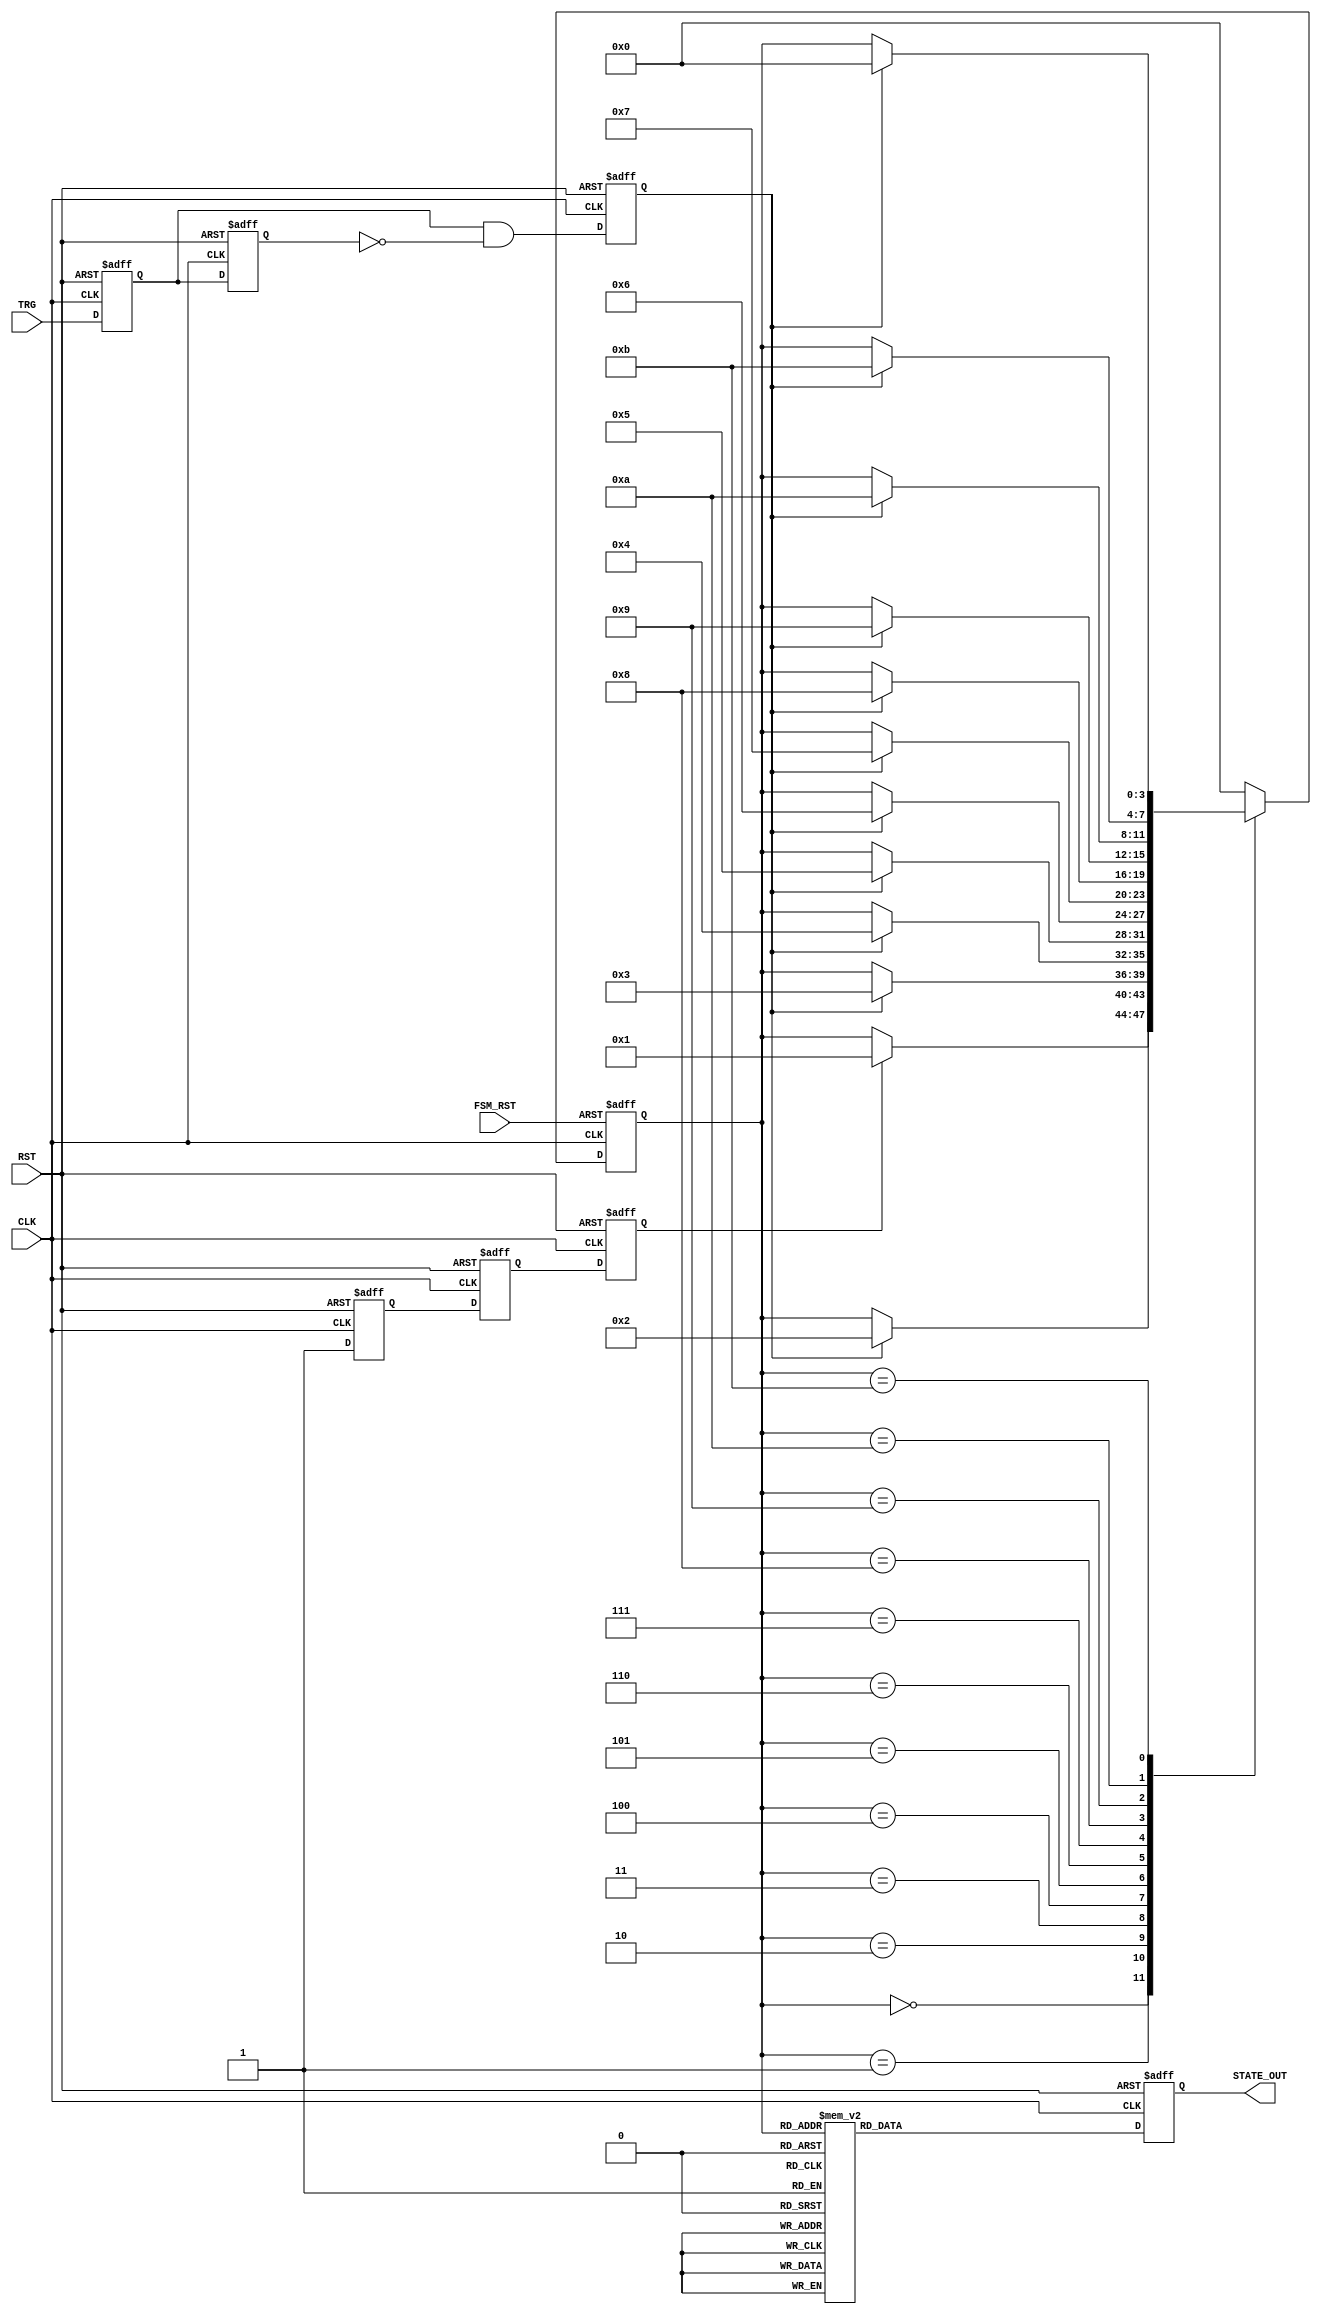
module ONE_YEAR (
    input  wire                         CLK,
    input  wire                         RST,            /* Active high */
    input  wire                         FSM_RST,        /* Reset input to FSM */
    input  wire                         TRG,            /* Trigger for transitioning state */
    output reg [4:0]                    STATE_OUT       /* State output. MSB = 1 when ilegal state */
);

/********************************************************************************/
/**** State definition **********************************************************/
/********************************************************************************/

parameter JANUARY   = 4'd0;
parameter FEBRUARY  = 4'd1;
parameter MARCH     = 4'd2;
parameter APRIL     = 4'd3;
parameter MAY       = 4'd4;
parameter JUNE      = 4'd5;
parameter JULY      = 4'd6;
parameter AUGUST    = 4'd7;
parameter SEPTEMBER = 4'd8;
parameter OCTOBER   = 4'd9;
parameter NOVEMBER  = 4'd10;
parameter DECEMBER  = 4'd11;


/********************************************************************************/
/**** Signals *******************************************************************/
/********************************************************************************/

/* Trigger edge detect */
reg                                     trg_ff1;
reg                                     trg_ff2;
reg                                     trg_redg;

/* JANUARY to FEBRUARY trigger */
reg                                     j2f_ff1;
reg                                     j2f_ff2;
reg                                     j2f_trg;

/* State macine */
reg [3:0]                               current_state;
reg [3:0]                               next_state;


/********************************************************************************/
/**** Behaviour *****************************************************************/
/********************************************************************************/

/* Trigger edge detect */
always @ (posedge CLK or posedge RST) begin
    if (RST) begin
        trg_ff1     <=  1'b0;
        trg_ff2     <=  1'b0;
        trg_redg    <=  1'b0;
    end else begin
        trg_ff1     <=  TRG;
        trg_ff2     <=  trg_ff1;
        trg_redg    <=  trg_ff1 & (~trg_ff2);
    end
end


/* JANUARY to FEBRUARY trigger */
always @ (posedge CLK or posedge RST) begin
    if (RST) begin
        j2f_ff1     <=  1'b0;
        j2f_ff2     <=  1'b0;
        j2f_trg     <=  1'b0;
    end else begin
        j2f_ff1     <=  1'b1;
        j2f_ff2     <=  j2f_ff1;
        j2f_trg     <=  j2f_ff2;
    end
end


/* State machine */
always @ (posedge CLK or posedge FSM_RST) begin
    if (FSM_RST) begin
        current_state   <=  JANUARY;
    end else begin
        current_state   <=  next_state;
    end
end

always @ (current_state or j2f_trg or trg_redg) begin
    case (current_state)
        JANUARY     : begin
                if (j2f_trg == 1'b1)
                    next_state  <=  FEBRUARY;     /* Transition immediately to check if the FSM works */
                else
                    next_state  <=  current_state;
            end

        FEBRUARY    : begin
                if (trg_redg == 1'b1)
                    next_state  <=  MARCH;
                else
                    next_state  <=  current_state;
            end

        MARCH    : begin
                if (trg_redg == 1'b1)
                    next_state  <=  APRIL;
                else
                    next_state  <=  current_state;
            end

        APRIL    : begin
                if (trg_redg == 1'b1)
                    next_state  <=  MAY;
                else
                    next_state  <=  current_state;
            end

        MAY    : begin
                if (trg_redg == 1'b1)
                    next_state  <=  JUNE;
                else
                    next_state  <=  current_state;
            end

        JUNE    : begin
                if (trg_redg == 1'b1)
                    next_state  <=  JULY;
                else
                    next_state  <=  current_state;
            end

        JULY    : begin
                if (trg_redg == 1'b1)
                    next_state  <=  AUGUST;
                else
                    next_state  <=  current_state;
            end

        AUGUST    : begin
                if (trg_redg == 1'b1)
                    next_state  <=  SEPTEMBER;
                else
                    next_state  <=  current_state;
            end

        SEPTEMBER    : begin
                if (trg_redg == 1'b1)
                    next_state  <=  OCTOBER;
                else
                    next_state  <=  current_state;
            end

        OCTOBER    : begin
                if (trg_redg == 1'b1)
                    next_state  <=  NOVEMBER;
                else
                    next_state  <=  current_state;
            end

        NOVEMBER    : begin
                if (trg_redg == 1'b1)
                    next_state  <=  DECEMBER;
                else
                    next_state  <=  current_state;
            end

        DECEMBER    : begin
                if (trg_redg == 1'b1)
                    next_state  <=  JANUARY;
                else
                    next_state  <=  current_state;
            end

        default     : 
            next_state  <=  JANUARY;

    endcase
end


/* State outpu */
always @ (posedge CLK or posedge RST) begin
    if (RST) begin
        STATE_OUT   <=  5'b10000;
    end else begin
        case (current_state)
            JANUARY     : STATE_OUT   <=  5'b00000 + 5'd1;
            FEBRUARY    : STATE_OUT   <=  5'b00000 + 5'd2;
            MARCH       : STATE_OUT   <=  5'b00000 + 5'd3;
            APRIL       : STATE_OUT   <=  5'b00000 + 5'd4;
            MAY         : STATE_OUT   <=  5'b00000 + 5'd5;
            JUNE        : STATE_OUT   <=  5'b00000 + 5'd6;
            JULY        : STATE_OUT   <=  5'b00000 + 5'd7;
            AUGUST      : STATE_OUT   <=  5'b00000 + 5'd8;
            SEPTEMBER   : STATE_OUT   <=  5'b00000 + 5'd9;
            OCTOBER     : STATE_OUT   <=  5'b00000 + 5'd10;
            NOVEMBER    : STATE_OUT   <=  5'b00000 + 5'd11;
            DECEMBER    : STATE_OUT   <=  5'b00000 + 5'd12;
            default     : STATE_OUT   <=  5'b11111;         /* Ilegal state */
        endcase
    end
end


endmodule